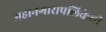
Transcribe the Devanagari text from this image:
महानगारापलिकेची